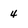
Character: 4